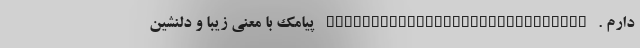
دارم . _____________________________ پیامک با معنی زیبا و دلنشین